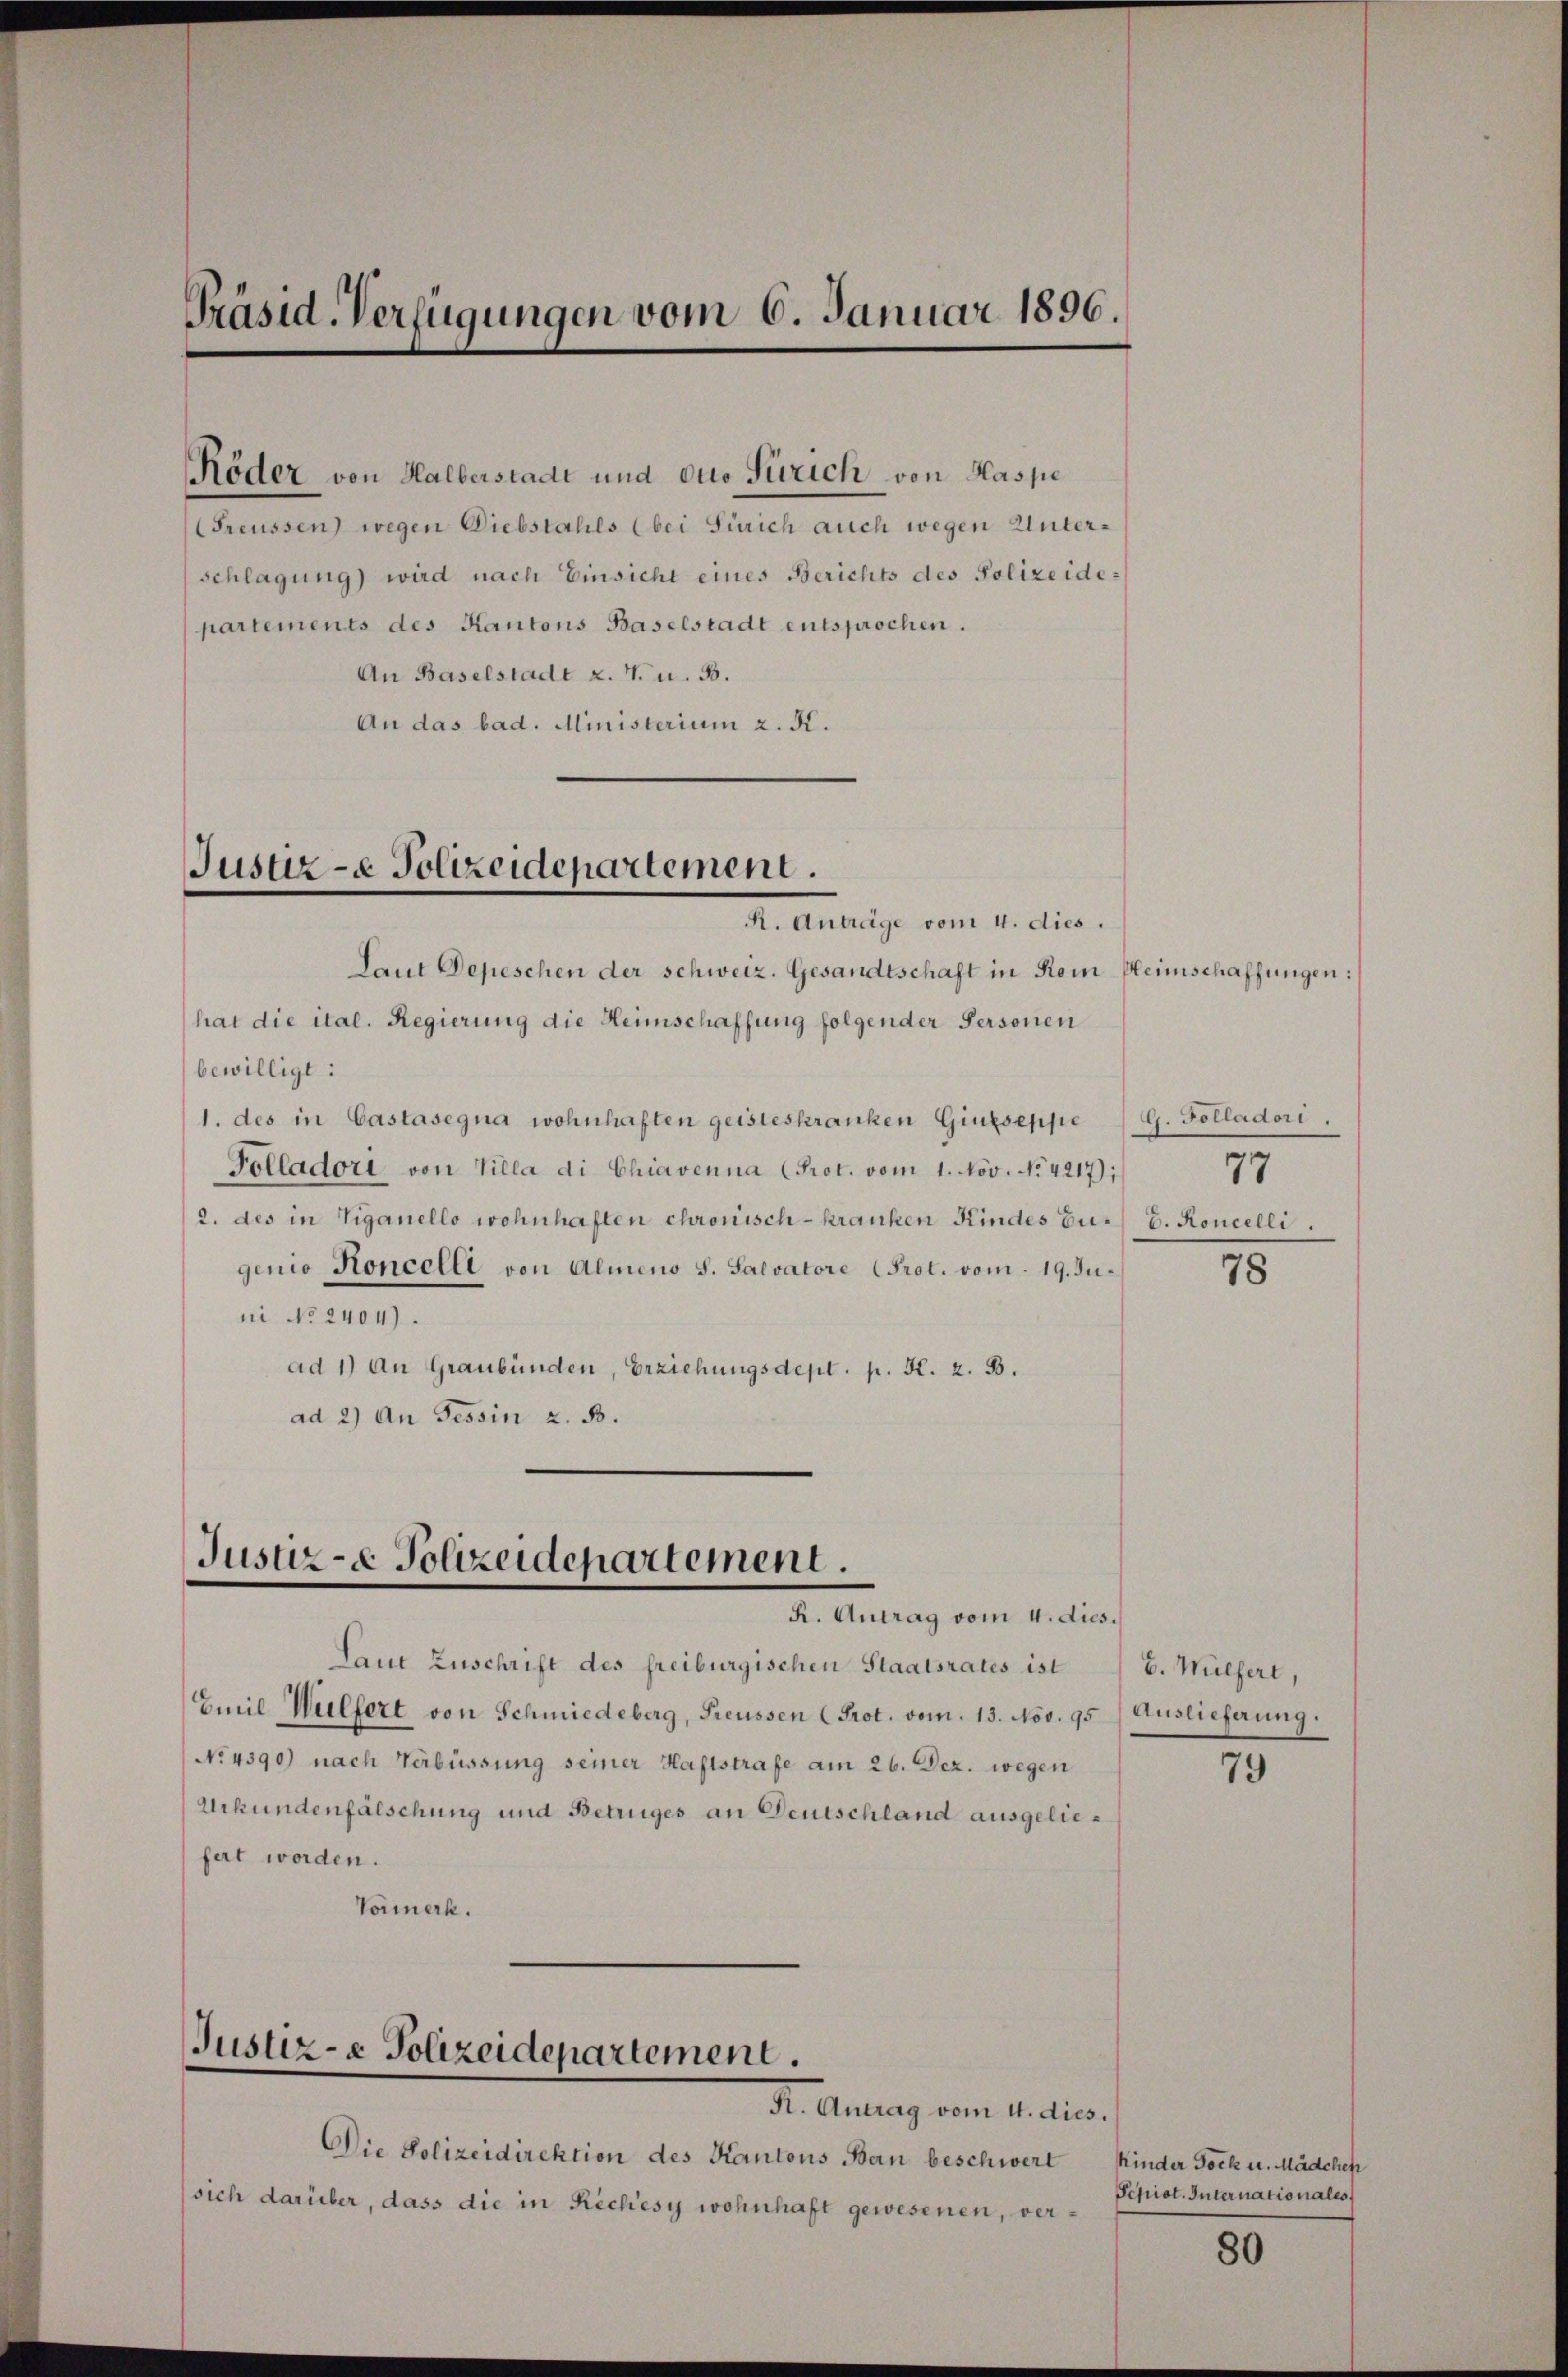
Präsid-Verfügungen vom 6. Januar 1896.

Röder von Halberstadt und duo Zürich von Haspe
reussen) wegen Diebstahls (bei Zürich auch wegen Unterschlagung) wird nach Einsicht eines Berichts des Polizeidepartements des Kantons Baselstadt entsprochen.
An Baselstadt z. v. u. 3.
An das bad. Ministerium 2. K.

Justiz- & Polizeidepartement.
R. Anträge vom 4. dies.

Jusuz-e Polizeidepartement.
R. Antrag vom 4. dies.

Laut Zuschrift des freiburgischen Staatsrates ist
Emil Wulfert von Schmiedeberg, Freussen (Prot. vom 13. Nov. 95. Auslieferung.
No 4390) nach Verbüssung seiner Haftstrafe am 26. Dez. wegen
Urkundenfälschung und Betruges an Deutschland ausgeliefart worden.
Vormerk.

Laut Depeschen der schweiz. Gesandtschaft in Rom Heimschaffungen:
hat die ital. Regierung die Heimschaffung folgender Personen
bewilligt:
1. des in Castasegna wohnhaften geisteskranken Giuseppe G. Folladori.
Polladori von Villa di Chiavenna (Prot. vom 1. Nov. No. 4217);
2. des in Viganello wohnhaften chronisch - kranken Kindes u. b. Koncelli
genio Koncelli von Almeno S. Salvatore Prot. vom 19. Juni No 2404).
ad 1) An Graubünden, Erziehungsdept. p. K. z. B.
ad 2) An Tessin z. B.

Justiz- & Polizeidepartement.
R. Antrag vom 4. dies.

Die Polizeidirektion des Kantons Ban beschwert
sich darüber, dass die in Rechésy wohnhaft gewesenen, ver¬

77

78

E. Wülfert,

79

Kinder Bock u. Mädchen
Schist. Internationales

80